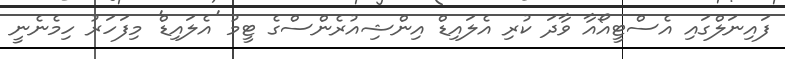
ފައިނަލްގައި އެސްޓީއޯއާ ވާދަ ކުރި އެލައިޑް އިންޝިއުރެންސްގެ ޓީމު 'އެލައިޑް' މިފަހަރު ހިމެނެނީ